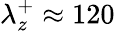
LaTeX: \lambda_{z}^{+}\approx 120